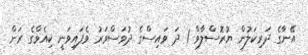
އޭނާގެ ދަރިކަލުން ޔުރޮސްލާވް 1 ދަ ވައިސްގެ ދުވަސްވަރު ވެފައިވަނީ ކިއެވްގެ ރަން